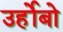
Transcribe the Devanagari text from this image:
उर्होबो